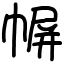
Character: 幈